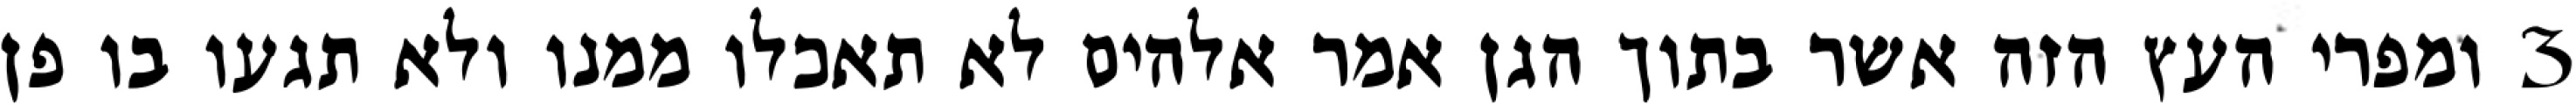
‎3‏ ומפרי העץ הזה אשר בתוך הגן אמר אלהים לא תאכלו ממנו ולא תגעו בו פן